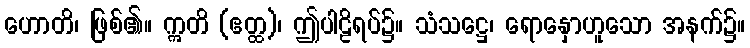
ဟောတိ၊ ဖြစ်၏။ ဣတိ (ဧတ္ထ)၊ ဤပါဠိရပ်၌။ သံသဋ္ဌေ၊ ရောနှောဟူသော အနက်၌။